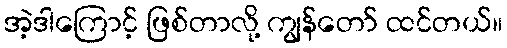
အဲ့ဒါကြောင့် ဖြစ်တာလို့ ကျွန်တော် ထင်တယ်။